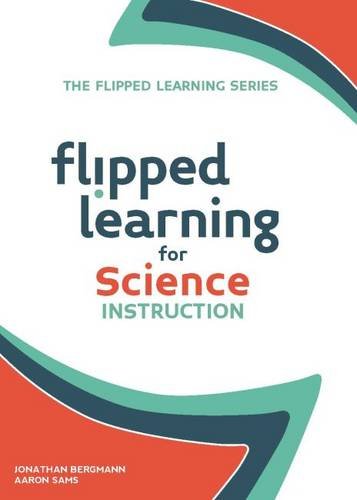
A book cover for Flipped Learning for Science Instruction (The Flipped Learning Series); Jonathan Bergmann; Education & Teaching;